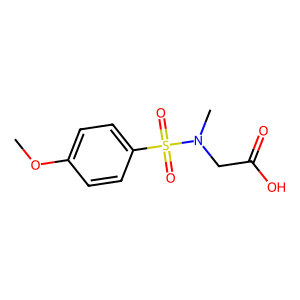
SMILES: COc1ccc(S(=O)(=O)N(C)CC(=O)O)cc1
Inhibits HIV replication: No